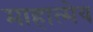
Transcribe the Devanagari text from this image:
माहात्मेय